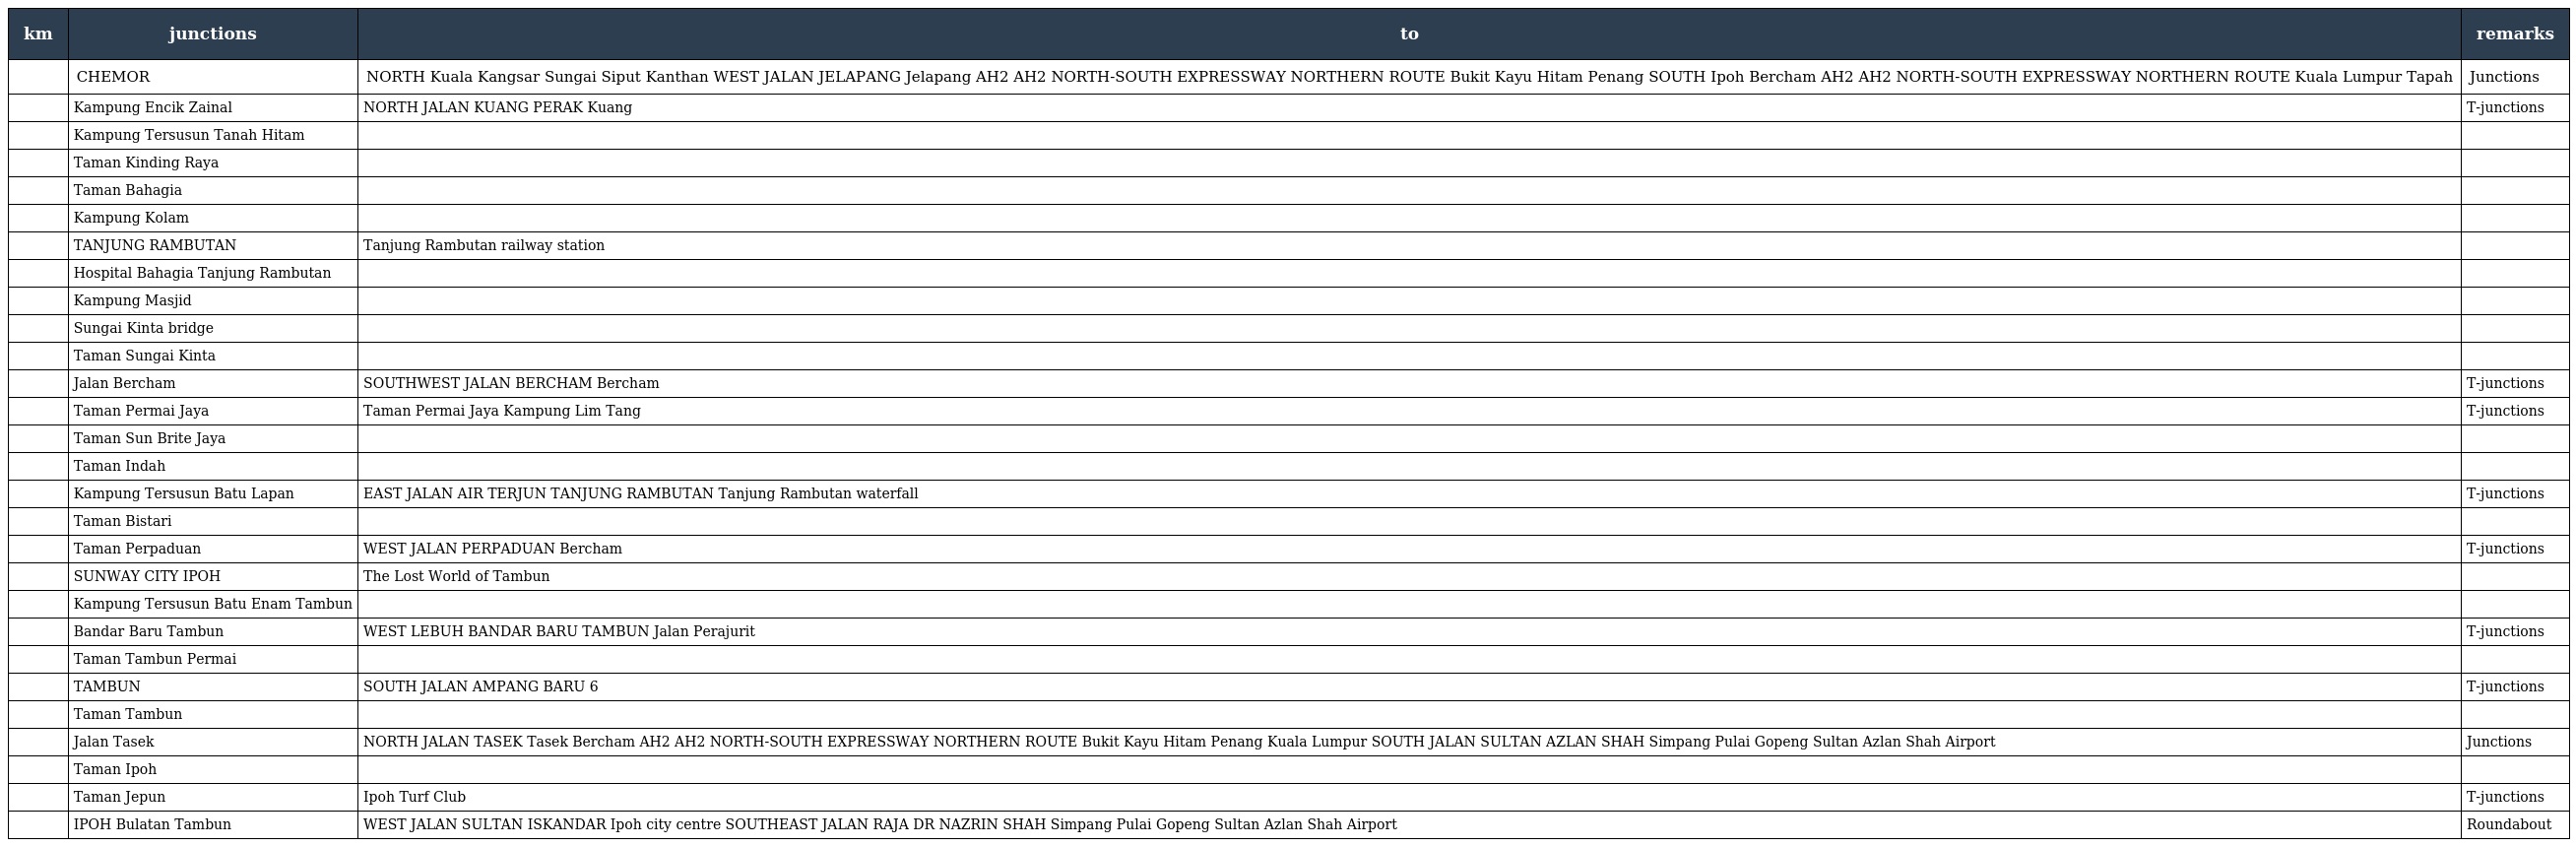
| km | junctions | to | remarks |
 | --- | --- | --- | --- |
 |  | CHEMOR | NORTH Kuala Kangsar Sungai Siput Kanthan WEST JALAN JELAPANG Jelapang AH2 AH2 NORTH-SOUTH EXPRESSWAY NORTHERN ROUTE Bukit Kayu Hitam Penang SOUTH Ipoh Bercham AH2 AH2 NORTH-SOUTH EXPRESSWAY NORTHERN ROUTE Kuala Lumpur Tapah | Junctions |
 |  | Kampung Encik Zainal | NORTH JALAN KUANG PERAK Kuang | T-junctions |
 |  | Kampung Tersusun Tanah Hitam |  |  |
 |  | Taman Kinding Raya |  |  |
 |  | Taman Bahagia |  |  |
 |  | Kampung Kolam |  |  |
 |  | TANJUNG RAMBUTAN | Tanjung Rambutan railway station |  |
 |  | Hospital Bahagia Tanjung Rambutan |  |  |
 |  | Kampung Masjid |  |  |
 |  | Sungai Kinta bridge |  |  |
 |  | Taman Sungai Kinta |  |  |
 |  | Jalan Bercham | SOUTHWEST JALAN BERCHAM Bercham | T-junctions |
 |  | Taman Permai Jaya | Taman Permai Jaya Kampung Lim Tang | T-junctions |
 |  | Taman Sun Brite Jaya |  |  |
 |  | Taman Indah |  |  |
 |  | Kampung Tersusun Batu Lapan | EAST JALAN AIR TERJUN TANJUNG RAMBUTAN Tanjung Rambutan waterfall | T-junctions |
 |  | Taman Bistari |  |  |
 |  | Taman Perpaduan | WEST JALAN PERPADUAN Bercham | T-junctions |
 |  | SUNWAY CITY IPOH | The Lost World of Tambun |  |
 |  | Kampung Tersusun Batu Enam Tambun |  |  |
 |  | Bandar Baru Tambun | WEST LEBUH BANDAR BARU TAMBUN Jalan Perajurit | T-junctions |
 |  | Taman Tambun Permai |  |  |
 |  | TAMBUN | SOUTH JALAN AMPANG BARU 6 | T-junctions |
 |  | Taman Tambun |  |  |
 |  | Jalan Tasek | NORTH JALAN TASEK Tasek Bercham AH2 AH2 NORTH-SOUTH EXPRESSWAY NORTHERN ROUTE Bukit Kayu Hitam Penang Kuala Lumpur SOUTH JALAN SULTAN AZLAN SHAH Simpang Pulai Gopeng Sultan Azlan Shah Airport | Junctions |
 |  | Taman Ipoh |  |  |
 |  | Taman Jepun | Ipoh Turf Club | T-junctions |
 |  | IPOH Bulatan Tambun | WEST JALAN SULTAN ISKANDAR Ipoh city centre SOUTHEAST JALAN RAJA DR NAZRIN SHAH Simpang Pulai Gopeng Sultan Azlan Shah Airport | Roundabout |